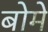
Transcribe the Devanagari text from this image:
बोमे